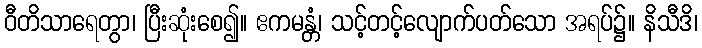
ဝီတိသာရေတွာ၊ ပြီးဆုံးစေ၍။ ဧကမန္တံ၊ သင့်တင့်လျောက်ပတ်သော အရပ်၌။ နိသီဒိ၊